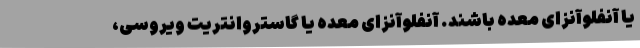
یا آنفلوآنزای معده باشند. آنفلوآنزای معده یا گاستروانتریت ویروسی،